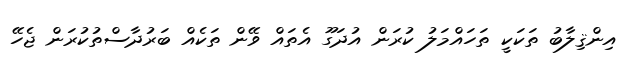
އިންޤިލާބު ތަކަކީ ތަހައްމަލު ކުރަން އުދަގޫ އެތައް ވޭން ތަކެއް ބަރުދާސްތުކުރަން ޖެހޭ